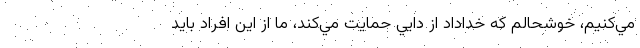
مي‌كنيم، خوشحالم كه خداداد از دايي حمايت مي‌كند، ما از اين افراد بايد